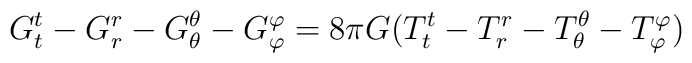
G_{t}^{t}-G_{r}^{r}-G_{\theta}^{\theta}-G_{\varphi}^{\varphi}=8\pi G (T_{t}^{t}-T_{r}^{r}-T_{\theta}^{\theta}-T_{\varphi}^{\varphi})